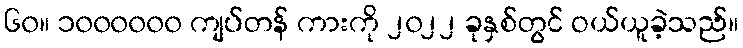
၆၀။ ၁၀၀၀၀၀၀ ကျပ်တန် ကားကို ၂၀၂၂ ခုနှစ်တွင် ဝယ်ယူခဲ့သည်။